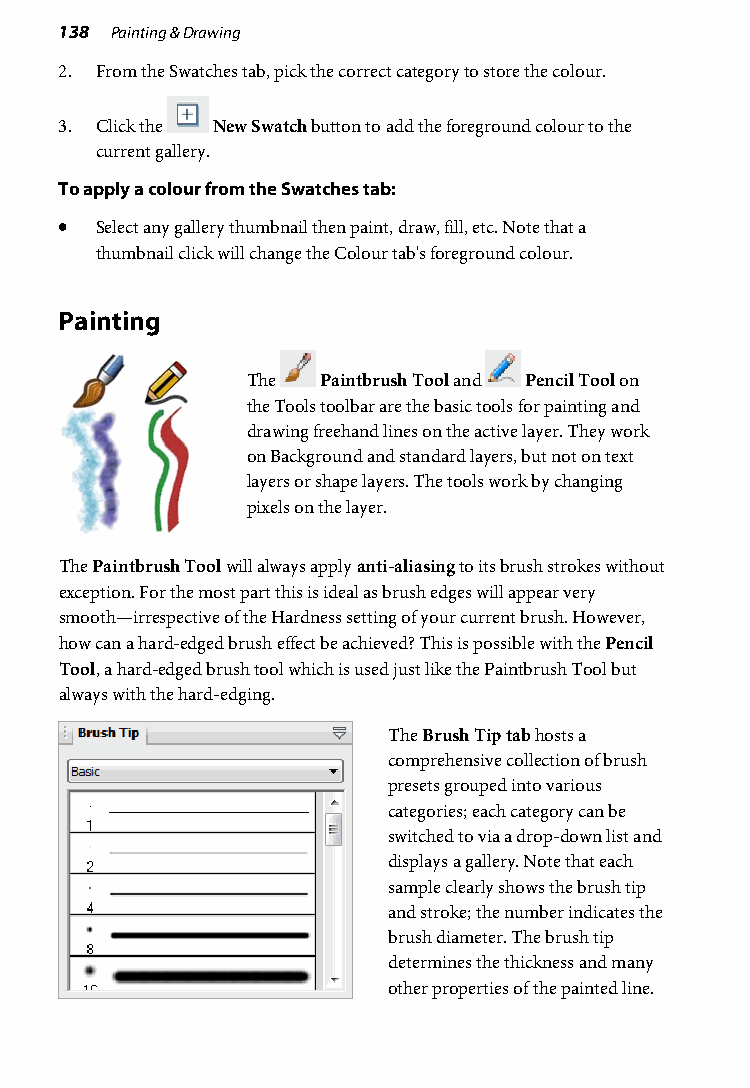
138 Painting & Drawing
 2. From the Swatches tab, pick the correct category to store the colour.
 3. Click the New Swatch button to add the foreground colour to the
 current gallery.
 To apply a colour from the Swatches tab:
 • Select any gallery thumbnail then paint, draw, fill, etc. Note that a
 thumbnail click will change the Colour tab's foreground colour.
 Painting
 The  Paintbrush Tool and Pencil Tool on
 the Tools toolbar are the basic tools for painting and
 drawing freehand lines on the active layer. They work
 on Background and standard layers, but not on text
 layers or shape layers. The tools work by changing
 pixels on the layer.
 The Paintbrush Tool will always apply anti-aliasing to its brush strokes without
 exception. For the most part this is ideal as brush edges will appear very
 smooth—irrespective of the Hardness setting of your current brush. However,
 how can a hard-edged brush effect be achieved? This is possible with the Pencil
 Tool, a hard-edged brush tool which is used just like the Paintbrush Tool but
 always with the hard-edging.
 The Brush Tip tab hosts a
 comprehensive collection of brush
 presets grouped into various
 categories; each category can be
 switched to via a drop-down list and
 displays a gallery. Note that each
 sample clearly shows the brush tip
 and stroke; the number indicates the
 brush diameter. The brush tip
 determines the thickness and many
 other properties of the painted line.